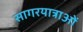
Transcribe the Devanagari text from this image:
सागरयात्राओं